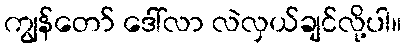
ကျွန်တော် ဒေါ်လာ လဲလှယ်ချင်လို့ပါ။